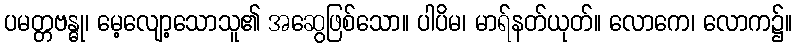
ပမတ္တဗန္ဓု၊ မေ့လျော့သောသူ၏ အဆွေဖြစ်သော။ ပါပိမ၊ မာရ်နတ်ယုတ်။ လောကေ၊ လောက၌။